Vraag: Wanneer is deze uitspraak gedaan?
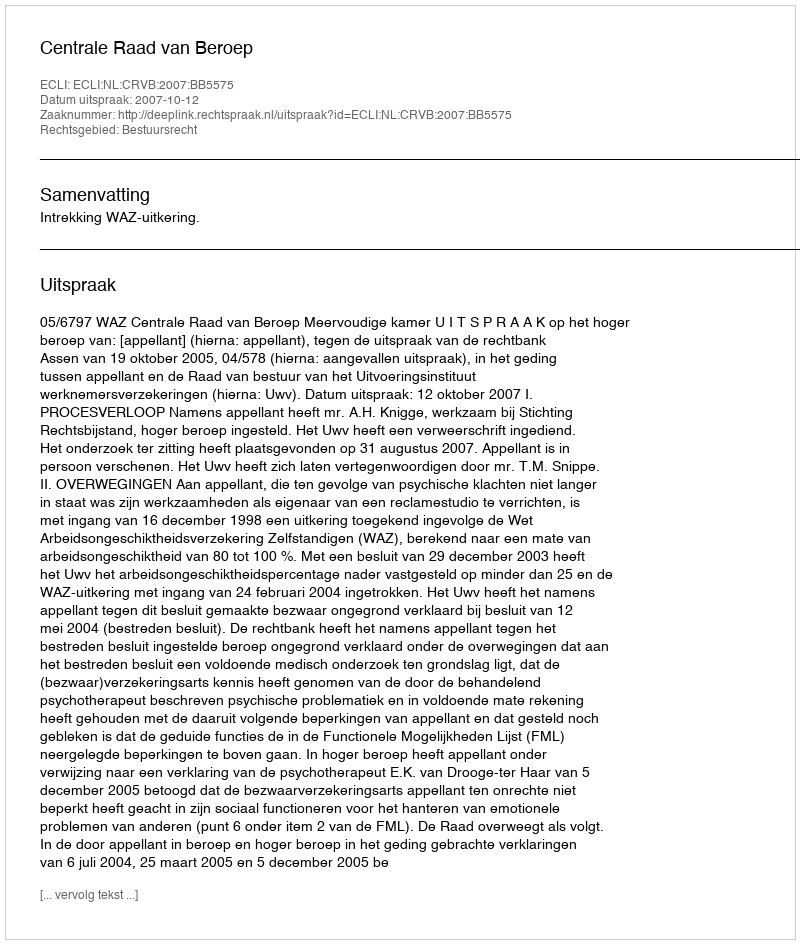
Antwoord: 2007-10-12